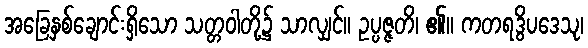
အခြေနှစ်ချောင်းရှိသော သတ္တဝါတို့၌ သာလျှင်။ ဥပ္ပဇ္ဇတိ၊ ၏။ ကတရဒွိပဒေသု၊